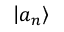
\left| a _ { n } \right\rangle